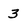
Character: 3